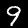
Label: 9